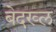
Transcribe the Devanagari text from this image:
बेदख्ल